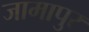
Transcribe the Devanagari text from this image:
जामापुर